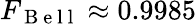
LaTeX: F_{\mathrm{~B~e~l~l~}}\approx 0.9985